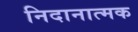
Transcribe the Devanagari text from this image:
निदानात्‍मक